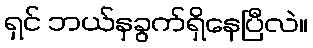
ရှင် ဘယ်နှခွက်ရှိနေပြီလဲ။